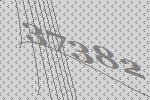
37382